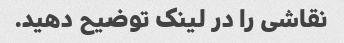
نقاشی را در لینک توضیح دهید.